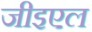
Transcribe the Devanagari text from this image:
जीइएल